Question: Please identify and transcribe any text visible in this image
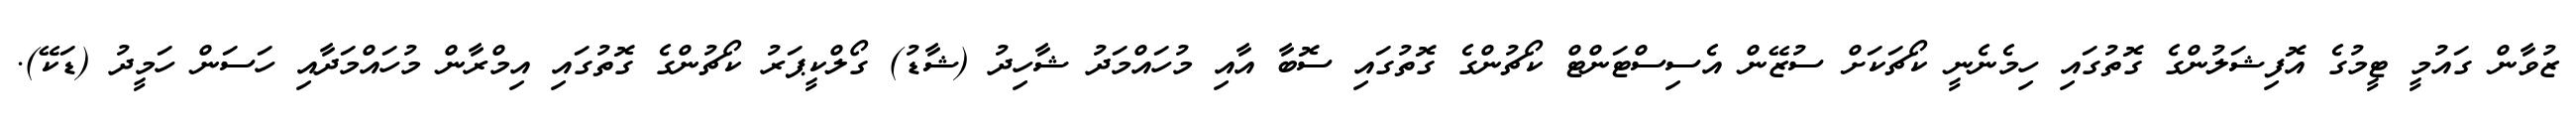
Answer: ޒުވާން ގައުމީ ޓީމުގެ އޮފިޝަލުންގެ ގޮތުގައި ހިމެނެނީ ކޯޗަކަށް ސުޒޭން އެސިސްޓަންޓް ކޯޗުންގެ ގޮތުގައި ސޮބާ އާއި މުހައްމަދު ޝާހިދު (ޝާޑު) ގޯލްކީޕަރު ކޯޗުންގެ ގޮތުގައި އިމްރާން މުހައްމަދާއި ހަސަން ހަމީދު (ޑަކޭ).